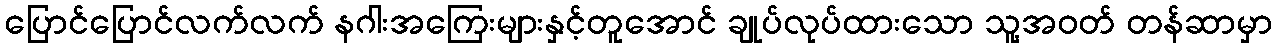
ပြောင်ပြောင်လက်လက် နဂါးအကြေးများနှင့်တူအောင် ချုပ်လုပ်ထားသော သူ့အဝတ် တန်ဆာမှာ